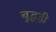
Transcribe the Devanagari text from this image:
बुद्धही